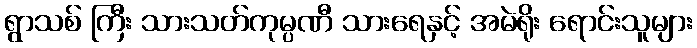
ရွာသစ် ကြီး သားသတ်ကုမ္ပဏီ သားရေနှင့် အမဲရိုး ရောင်းသူများ